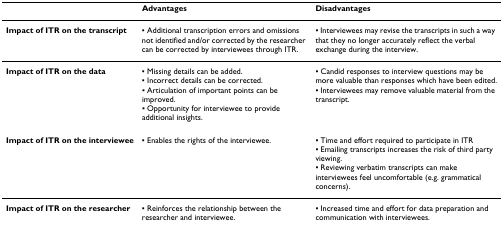
<table><thead><tr><td>[EMPTY_CELL]</td><td><b>Advantages</b></td><td><b>Disadvantages</b></td></tr></thead><tbody><tr><td><b>Impact of ITR on the transcript</b></td><td>▪ Additional transcription errors and omissions not identified and/or corrected by the researcher can be corrected by interviewees through ITR.</td><td>▪ Interviewees may revise the transcripts in such a way that they no longer accurately reflect the verbal exchange during the interview.</td></tr><tr><td><b>Impact of ITR on the data</b></td><td>▪ Missing details can be added.▪ Incorrect details can be corrected.▪ Articulation of important points can be improved.▪ Opportunity for interviewee to provide additional insights.</td><td>▪ Candid responses to interview questions may be more valuable than responses which have been edited.▪ Interviewees may remove valuable material from the transcript.</td></tr><tr><td><b>Impact of ITR on the interviewee</b></td><td>▪ Enables the rights of the interviewee.</td><td>▪ Time and effort required to participate in ITR▪ Emailing transcripts increases the risk of third party viewing.▪ Reviewing verbatim transcripts can make interviewees feel uncomfortable (e.g. grammatical concerns).</td></tr><tr><td><b>Impact of ITR on the researcher</b></td><td>▪ Reinforces the relationship between the researcher and interviewee.</td><td>▪ Increased time and effort for data preparation and communication with interviewees.</td></tr></tbody></table>